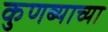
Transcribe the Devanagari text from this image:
कुणब्याच्या